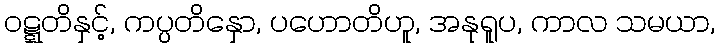
ဝဋ္ဋတိနှင့်, ကပ္ပတိနှော, ပဟောတိဟူ, အနုရူပ, ကာလ သမယာ,